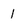
Character: 1